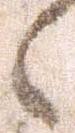
之